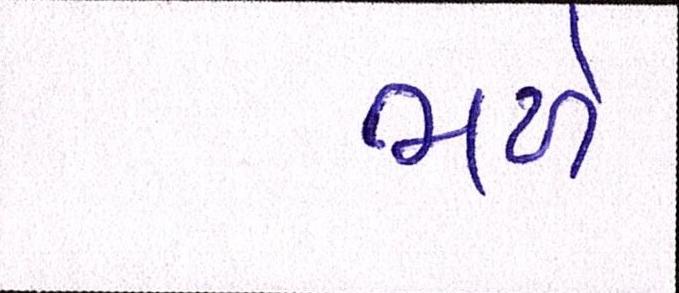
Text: ભળે